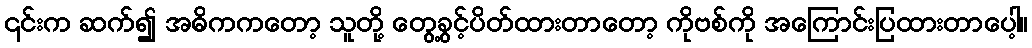
၎င်းက ဆက်၍ အဓိကကတော့ သူတို့ တွေ့ခွင့်ပိတ်ထားတာတော့ ကိုဗစ်ကို အကြောင်းပြထားတာပေါ့။